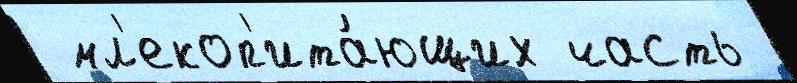
 мл'екоп'ита́ющих часть